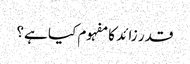
قدر زائد کا مفہوم کیا ہے؟